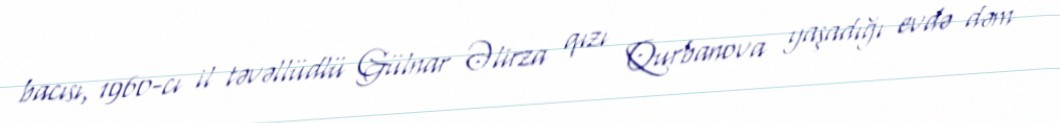
bacısı, 1960-cı il təvəllüdlü Gülnar Əlirza qızı Qurbanova yaşadığı evdə dəm